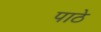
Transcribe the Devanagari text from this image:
पाठे